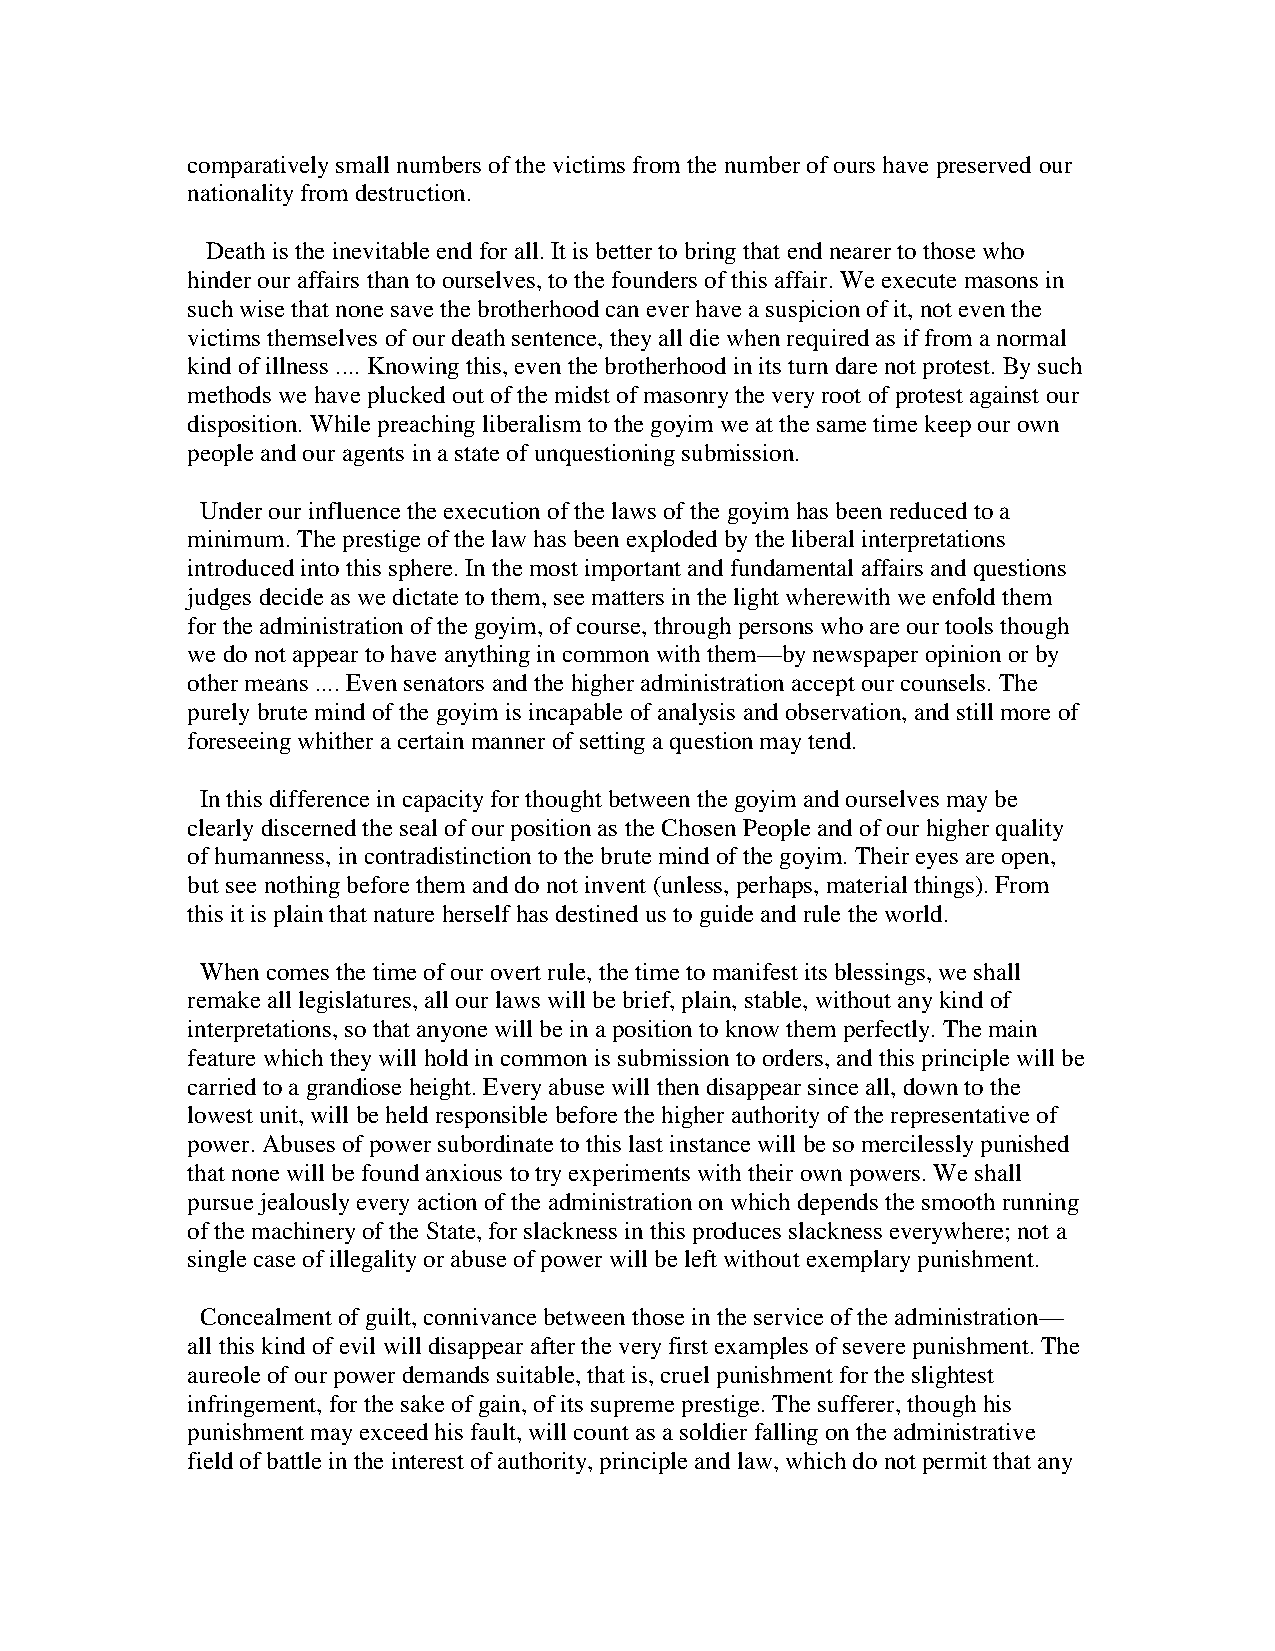
comparatively small numbers of the victims from the number of ours have preserved our
 nationality from destruction.
 Death is the inevitable end for all. It is better to bring that end nearer to those who
 hinder our affairs than to ourselves, to the founders of this affair. We execute masons in
 such wise that none save the brotherhood can ever have a suspicion of it, not even the
 victims themselves of our death sentence, they all die when required as if from a normal
 kind of illness .... Knowing this, even the brotherhood in its turn dare not protest. By such
 methods we have plucked out of the midst of masonry the very root of protest against our
 disposition. While preaching liberalism to the goyim we at the same time keep our own
 people and our agents in a state of unquestioning submission.
 Under our influence the execution of the laws of the goyim has been reduced to a
 minimum. The prestige of the law has been exploded by the liberal interpretations
 introduced into this sphere. In the most important and fundamental affairs and questions
 judges decide as we dictate to them, see matters in the light wherewith we enfold them
 for the administration of the goyim, of course, through persons who are our tools though
 we do not appear to have anything in common with them—by newspaper opinion or by
 other means .... Even senators and the higher administration accept our counsels. The
 purely brute mind of the goyim is incapable of analysis and observation, and still more of
 foreseeing whither a certain manner of setting a question may tend.
 In this difference in capacity for thought between the goyim and ourselves may be
 clearly discerned the seal of our position as the Chosen People and of our higher quality
 of humanness, in contradistinction to the brute mind of the goyim. Their eyes are open,
 but see nothing before them and do not invent (unless, perhaps, material things). From
 this it is plain that nature herself has destined us to guide and rule the world.
 When comes the time of our overt rule, the time to manifest its blessings, we shall
 remake all legislatures, all our laws will be brief, plain, stable, without any kind of
 interpretations, so that anyone will be in a position to know them perfectly. The main
 feature which they will hold in common is submission to orders, and this principle will be
 carried to a grandiose height. Every abuse will then disappear since all, down to the
 lowest unit, will be held responsible before the higher authority of the representative of
 power. Abuses of power subordinate to this last instance will be so mercilessly punished
 that none will be found anxious to try experiments with their own powers. We shall
 pursue jealously every action of the administration on which depends the smooth running
 of the machinery of the State, for slackness in this produces slackness everywhere; not a
 single case of illegality or abuse of power will be left without exemplary punishment.
 Concealment of guilt, connivance between those in the service of the administration—
 all this kind of evil will disappear after the very first examples of severe punishment. The
 aureole of our power demands suitable, that is, cruel punishment for the slightest
 infringement, for the sake of gain, of its supreme prestige. The sufferer, though his
 punishment may exceed his fault, will count as a soldier falling on the administrative
 field of battle in the interest of authority, principle and law, which do not permit that any